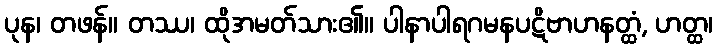
ပုန၊ တဖန်။ တဿ၊ ထိုအမတ်သား၏။ ပါနာပါရဂမနပဋိဗာဟနတ္ထံ, ဟတ္ထ၊